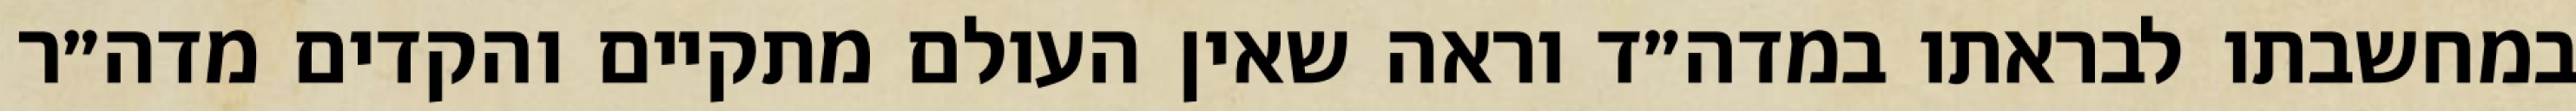
במחשבתו לבראתו במדה״ד וראה שאין העולם מתקיים והקדים מדה״ר